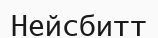
Нейсбитт